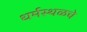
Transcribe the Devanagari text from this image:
धर्मस्थळचे